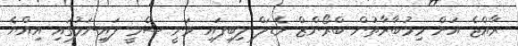
ރާއްޖެ އަށް މިމުބާރާތުން ބްރޯންޒް މެޑަލް ލިބިފައި ވަނީ ސެމީ ފައިނަލުގައި އިއްޔެ